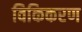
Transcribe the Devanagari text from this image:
विकिकरण